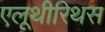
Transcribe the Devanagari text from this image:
एलूथीरिथस